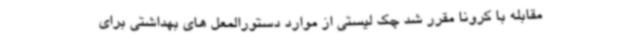
مقابله با کرونا مقرر شد چک لیستی از موارد دستورالمعل های بهداشتی برای